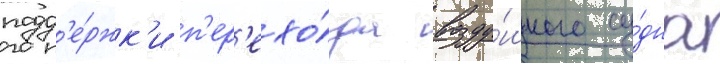
подд'е́ржк'и п'ер'ехо́да возду́шного су́дна